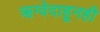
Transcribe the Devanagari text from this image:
ऋग्वेदाहूनही